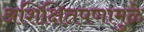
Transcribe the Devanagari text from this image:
अशिक्षितपणामुळे